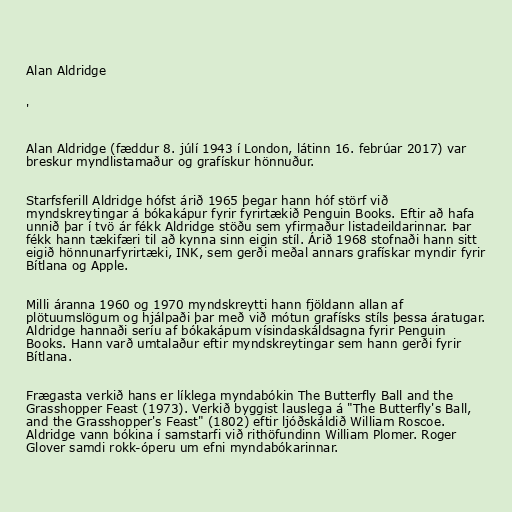
Alan Aldridge

'

Alan Aldridge (fæddur 8. júlí 1943 í London, látinn 16. febrúar 2017) var
breskur myndlistamaður og grafískur hönnuður.

Starfsferill Aldridge hófst árið 1965 þegar hann hóf störf við
myndskreytingar á bókakápur fyrir fyrirtækið Penguin Books. Eftir að hafa
unnið þar í tvö ár fékk Aldridge stöðu sem yfirmaður listadeildarinnar. Þar
fékk hann tækifæri til að kynna sinn eigin stíl. Árið 1968 stofnaði hann sitt
eigið hönnunarfyrirtæki, INK, sem gerði meðal annars grafískar myndir fyrir
Bítlana og Apple.

Milli áranna 1960 og 1970 myndskreytti hann fjöldann allan af
plötuumslögum og hjálpaði þar með við mótun grafísks stíls þessa áratugar.
Aldridge hannaði seríu af bókakápum vísindaskáldsagna fyrir Penguin
Books. Hann varð umtalaður eftir myndskreytingar sem hann gerði fyrir
Bítlana.

Frægasta verkið hans er líklega myndabókin The Butterfly Ball and the
Grasshopper Feast (1973). Verkið byggist lauslega á "The Butterfly's Ball,
and the Grasshopper's Feast" (1802) eftir ljóðskáldið William Roscoe.
Aldridge vann bókina í samstarfi við rithöfundinn William Plomer. Roger
Glover samdi rokk-óperu um efni myndabókarinnar.